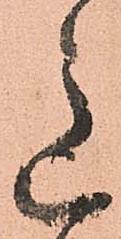
意